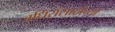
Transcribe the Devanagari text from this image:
बधिरांसाठीच्या